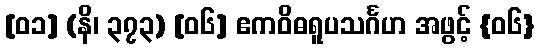
[၀၁] (နိ၊ ၃၇၃) [၀၆] ဧကဝိဓရူပသင်္ဂဟ အဖွင့် {၀၆}